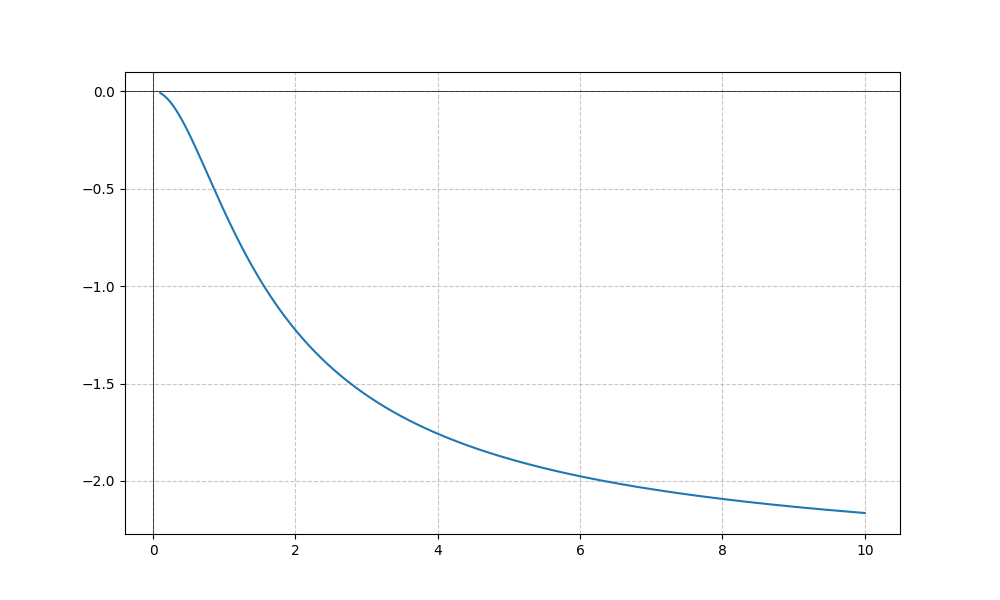
LaTeX formula: - \operatorname{atan}^{2}{\left(x \right)}